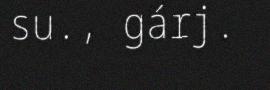
su., gárj.